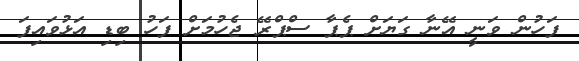
ފަހުން ވަނީ އޭނާ ގަޔަށް ޕެޕާ ސްޕްރޭ ޖެހުމަށް ފަހު ބިޑި އަޅުވައިފަ